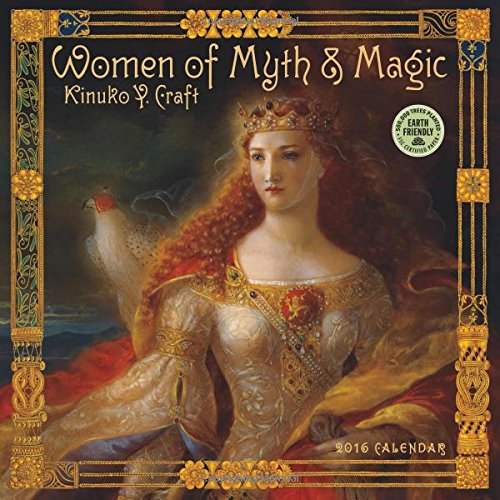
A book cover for Women of Myth & Magic 2016 Fantasy Art Wall Calendar; Kinuko Y. Craft; Calendars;